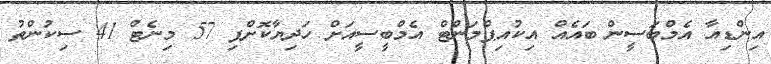
އިންޑިއާ އެމްބަސީން ބައެއް އިކުއިޕްމަންޓް އެމްބީސީއަށް ހަދިޔާކޮށްފި 57 މިނެޓް 41 ސިކުންތު